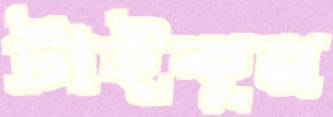
টাইকুন